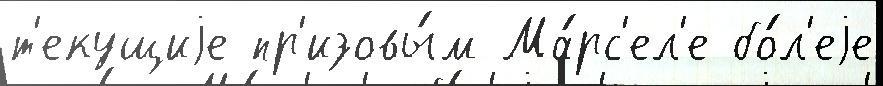
т'екущиjе пр'изовы́м Ма́рс'ел'е бо́л'еjе